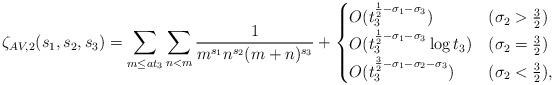
LaTeX: \begin{align*}\zeta_{AV,2} (s_1,s_2,s_3) = \sum_{m \leq at_3} \sum_{n<m} \frac{1}{m^{s_1}n^{s_2}(m+n)^{s_3}} +\begin{cases}O ( t_3^{\frac{1}{2}-\sigma_1-\sigma_3} ) & (\sigma_2>\frac{3}{2}) \\O (t_3^{\frac{1}{2}-\sigma_1-\sigma_3} \log t_3 ) & (\sigma_2=\frac{3}{2}) \\O ( t_3^{\frac{3}{2}-\sigma_1-\sigma_2-\sigma_3} ) & (\sigma_2<\frac{3}{2}), \\\end{cases}\end{align*}